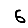
Digit: 6